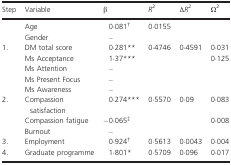
<table><thead><tr><td><b>Step</b></td><td><b>Variable</b></td><td><b>β</b></td><td><b><i>R</i><sup>2</sup></b></td><td><b>∆<i>R</i><sup>2</sup></b></td><td><b>Ω<sup>2</sup></b></td></tr></thead><tbody><tr><td></td><td>Age</td><td>0·081a</td><td>0·0155</td><td></td><td></td></tr><tr><td></td><td>Gender </td><td>–</td><td></td><td></td><td></td></tr><tr><td rowspan="5">1.</td><td>DM total score</td><td>0·281**</td><td>0·4746</td><td>0·4591</td><td>0·031</td></tr><tr><td>Ms Acceptance </td><td>1·37***</td><td></td><td></td><td>0·125</td></tr><tr><td>Ms Attention</td><td>–</td><td></td><td></td><td></td></tr><tr><td>Ms Present Focus</td><td>–</td><td></td><td></td><td></td></tr><tr><td>Ms Awareness </td><td>–</td><td></td><td></td><td></td></tr><tr><td rowspan="3">2.</td><td>Compassion satisfaction</td><td>0·274***</td><td>0·5570</td><td>0·09</td><td>0·083</td></tr><tr><td>Compassion fatigue</td><td>−0·065b</td><td></td><td></td><td>0·008</td></tr><tr><td>Burnout</td><td>–</td><td></td><td></td><td></td></tr><tr><td>3.</td><td>Employment </td><td>0·924a</td><td>0·5613</td><td>0·0043</td><td>0·004</td></tr><tr><td>4.</td><td>Graduate programme</td><td>1·801*</td><td>0·5709</td><td>0·096</td><td>0·017</td></tr></tbody></table>